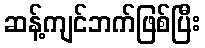
ဆန့်ကျင်ဘက်ဖြစ်ပြီး